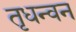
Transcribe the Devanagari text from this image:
तृधन्वन